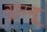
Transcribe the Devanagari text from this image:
गुप्तगू